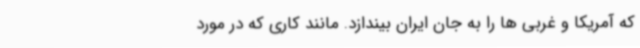
که آمریکا و غربی ها را به جان ایران بیندازد. مانند کاری که در مورد